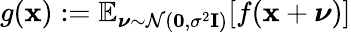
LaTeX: g(\mathbf x)\mathrel{\mathop:}=\mathbb{E}_{\boldsymbol\nu\sim\mathcal{N}(\mathbf 0,\sigma^{2}\mathbf I)}[f(\mathbf{x}+\boldsymbol\nu)]